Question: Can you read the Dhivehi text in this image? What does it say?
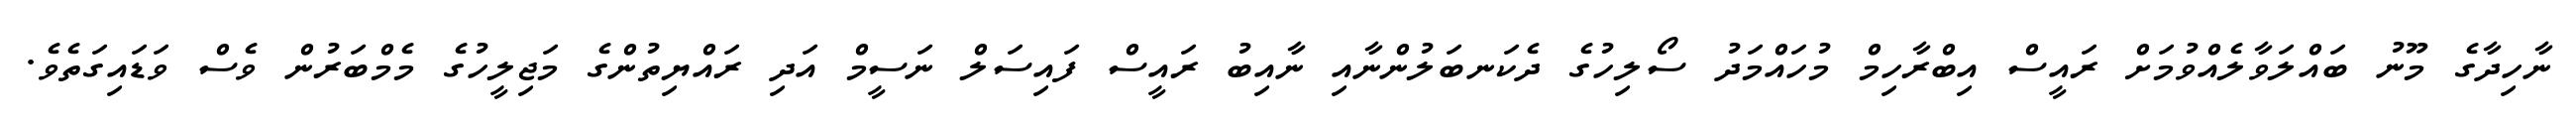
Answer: ނާހިދާގެ މޫނު ބައްލަވާލެއްވުމަށް ރައީސް އިބްރާހިމް މުހައްމަދު ސޯލިހުގެ ދެކަނބަލުންނާއި ނާއިބު ރައީސް ފައިސަލް ނަސީމް އަދި ރައްޔިތުންގެ މަޖިލީހުގެ މެމްބަރުން ވެސް ވަޑައިގަތެވެ.